Annual report of the Central Committee of the Association together with the report of the directors of the Pasteur Institute at Kasauli
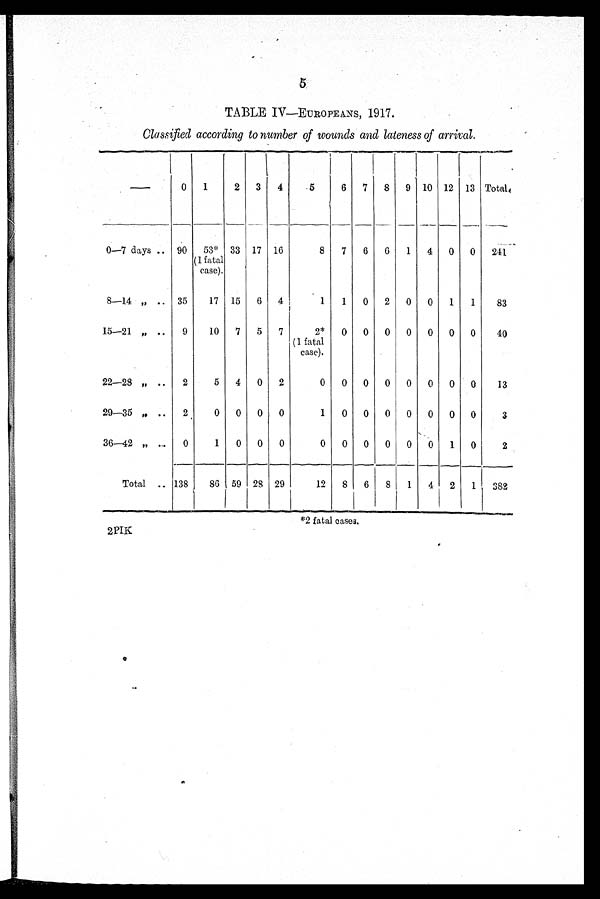
TABLE IV—EUROPEANS, 1917.
Classified according to number of wounds and lateness of arrival.
—
0 1
2 3 4
5
6 7 8 9 10 12 13 Total
0—7 days
90 53*
(1 fatal
case).
33 17 16
8 7 6 6 1 4 0 0 241
8—14 "
35
17 15 6 4
1 1 0 2 0 0 1 1
83
15—21 "
9
10 7 5 7
2*
(1 fatal
case).
0 0 0 0 0 0 0
40
22—28 "
2
5 4 0 2
0 0 0 0 0 0 0 0
13
29—35 "
2
0 0 0 0
1 0 0 0 0 0 0 0
3
36—42 "
0
1 0 0 0
0 0 0 0 0 0 1 0
2
Total
138
86 59 28 29
12 8 6 8 1 4 2 1 382
*2 fatal cases.
2PIK